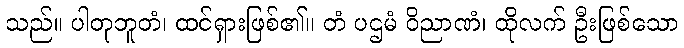
သည်။ ပါတုဘူတံ၊ ထင်ရှားဖြစ်၏။ တံ ပဌမံ ဝိညာဏံ၊ ထိုလက် ဦးဖြစ်သော